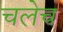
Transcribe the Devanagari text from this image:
चलेच